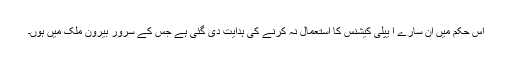
اس حکم میں ان سارے ا یپلی کیشنس کا استعمال نہ کرنے کی ہدایت دی گئی ہے جس کے سَروَر بیرون ملک میں ہوں۔